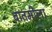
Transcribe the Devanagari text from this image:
बातमीला